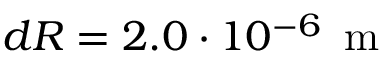
d R = 2 . 0 \cdot 1 0 ^ { - 6 } \, \mathrm { ~ m ~ }